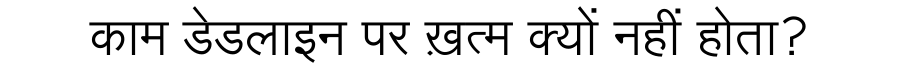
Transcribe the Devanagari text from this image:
काम डेडलाइन पर ख़त्म क्यों नहीं होता?